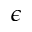
\epsilon